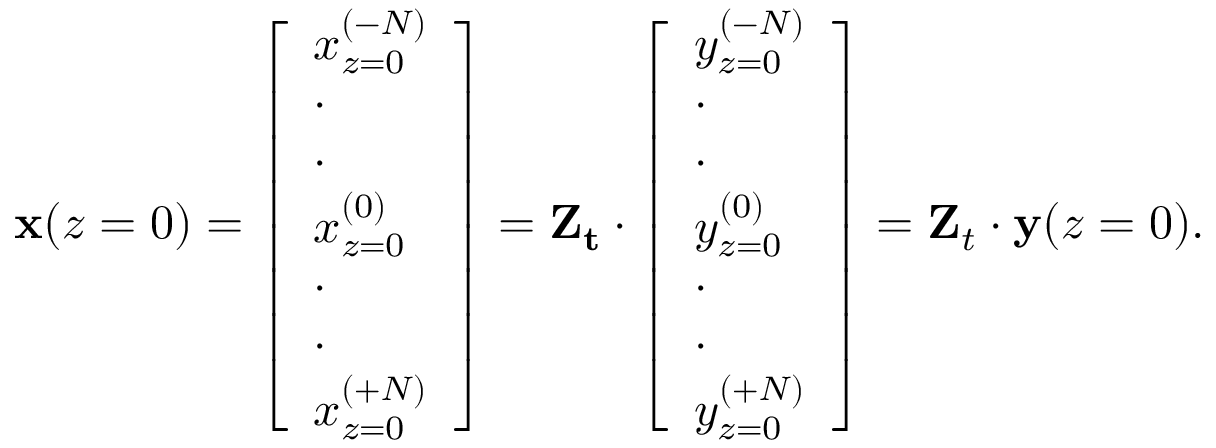
\mathbf { x } ( z = 0 ) = \left[ \begin{array} { l } { x _ { z = 0 } ^ { ( - N ) } } \\ { \cdot } \\ { \cdot } \\ { x _ { z = 0 } ^ { ( 0 ) } } \\ { \cdot } \\ { \cdot } \\ { x _ { z = 0 } ^ { ( + N ) } } \end{array} \right] = \mathbf { Z _ { t } } \cdot \left[ \begin{array} { l } { y _ { z = 0 } ^ { ( - N ) } } \\ { \cdot } \\ { \cdot } \\ { y _ { z = 0 } ^ { ( 0 ) } } \\ { \cdot } \\ { \cdot } \\ { y _ { z = 0 } ^ { ( + N ) } } \end{array} \right] = \mathbf { Z } _ { t } \cdot \mathbf { y } ( z = 0 ) .